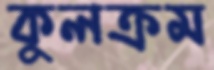
কুলক্রম